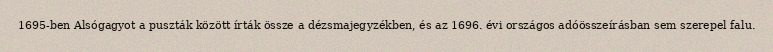
1695-ben Alsógagyot a puszták között írták össze a dézsmajegyzékben, és az 1696. évi országos adóösszeírásban sem szerepel falu.